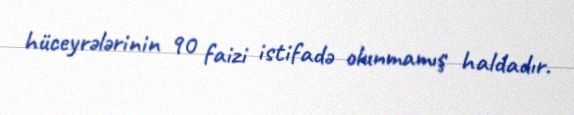
hüceyrələrinin 90 faizi istifadə olunmamış haldadır.